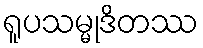
ရူပသမ္မုဒိတဿ